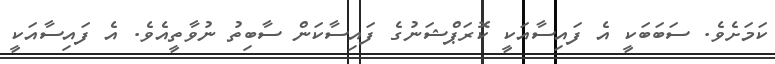
ކަމަށެވެ. ސަބަބަކީ އެ ފައިސާއަކީ ކޮރަޕްޝަނުގެ ފައިސާކަން ސާބިތު ނުވާތީއެވެ. އެ ފައިސާއަކީ